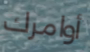
أوامرك